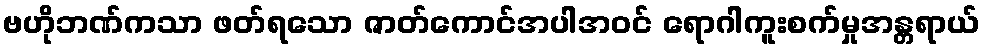
ဗဟိုဘဏ်ကသာ ဖတ်ရသော ဇာတ်ကောင်အပါအဝင် ရောဂါကူးစက်မှုအန္တရာယ်